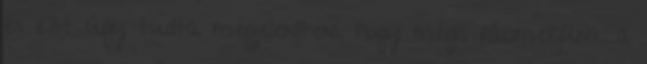
és ezt úgy tudta megjeleníteni, hogy mégis ráismerjünk a